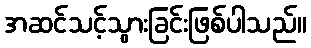
အဆင်သင့်သွားခြင်းဖြစ်ပါသည်။